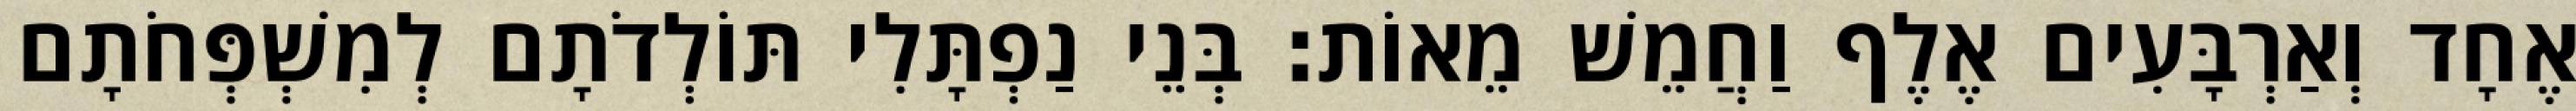
אֶחָד וְאַרְבָּעִים אֶלֶף וַחֲמֵשׁ מֵאוֹת׃ בְּנֵי נַפְתָּלִי תּוֹלְדֹתָם לְמִשְׁפְּחֹתָם